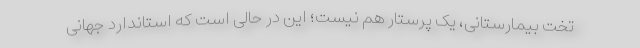
تخت بیمارستانی، یک پرستار هم نیست؛ این در حالی است که استاندارد جهانی